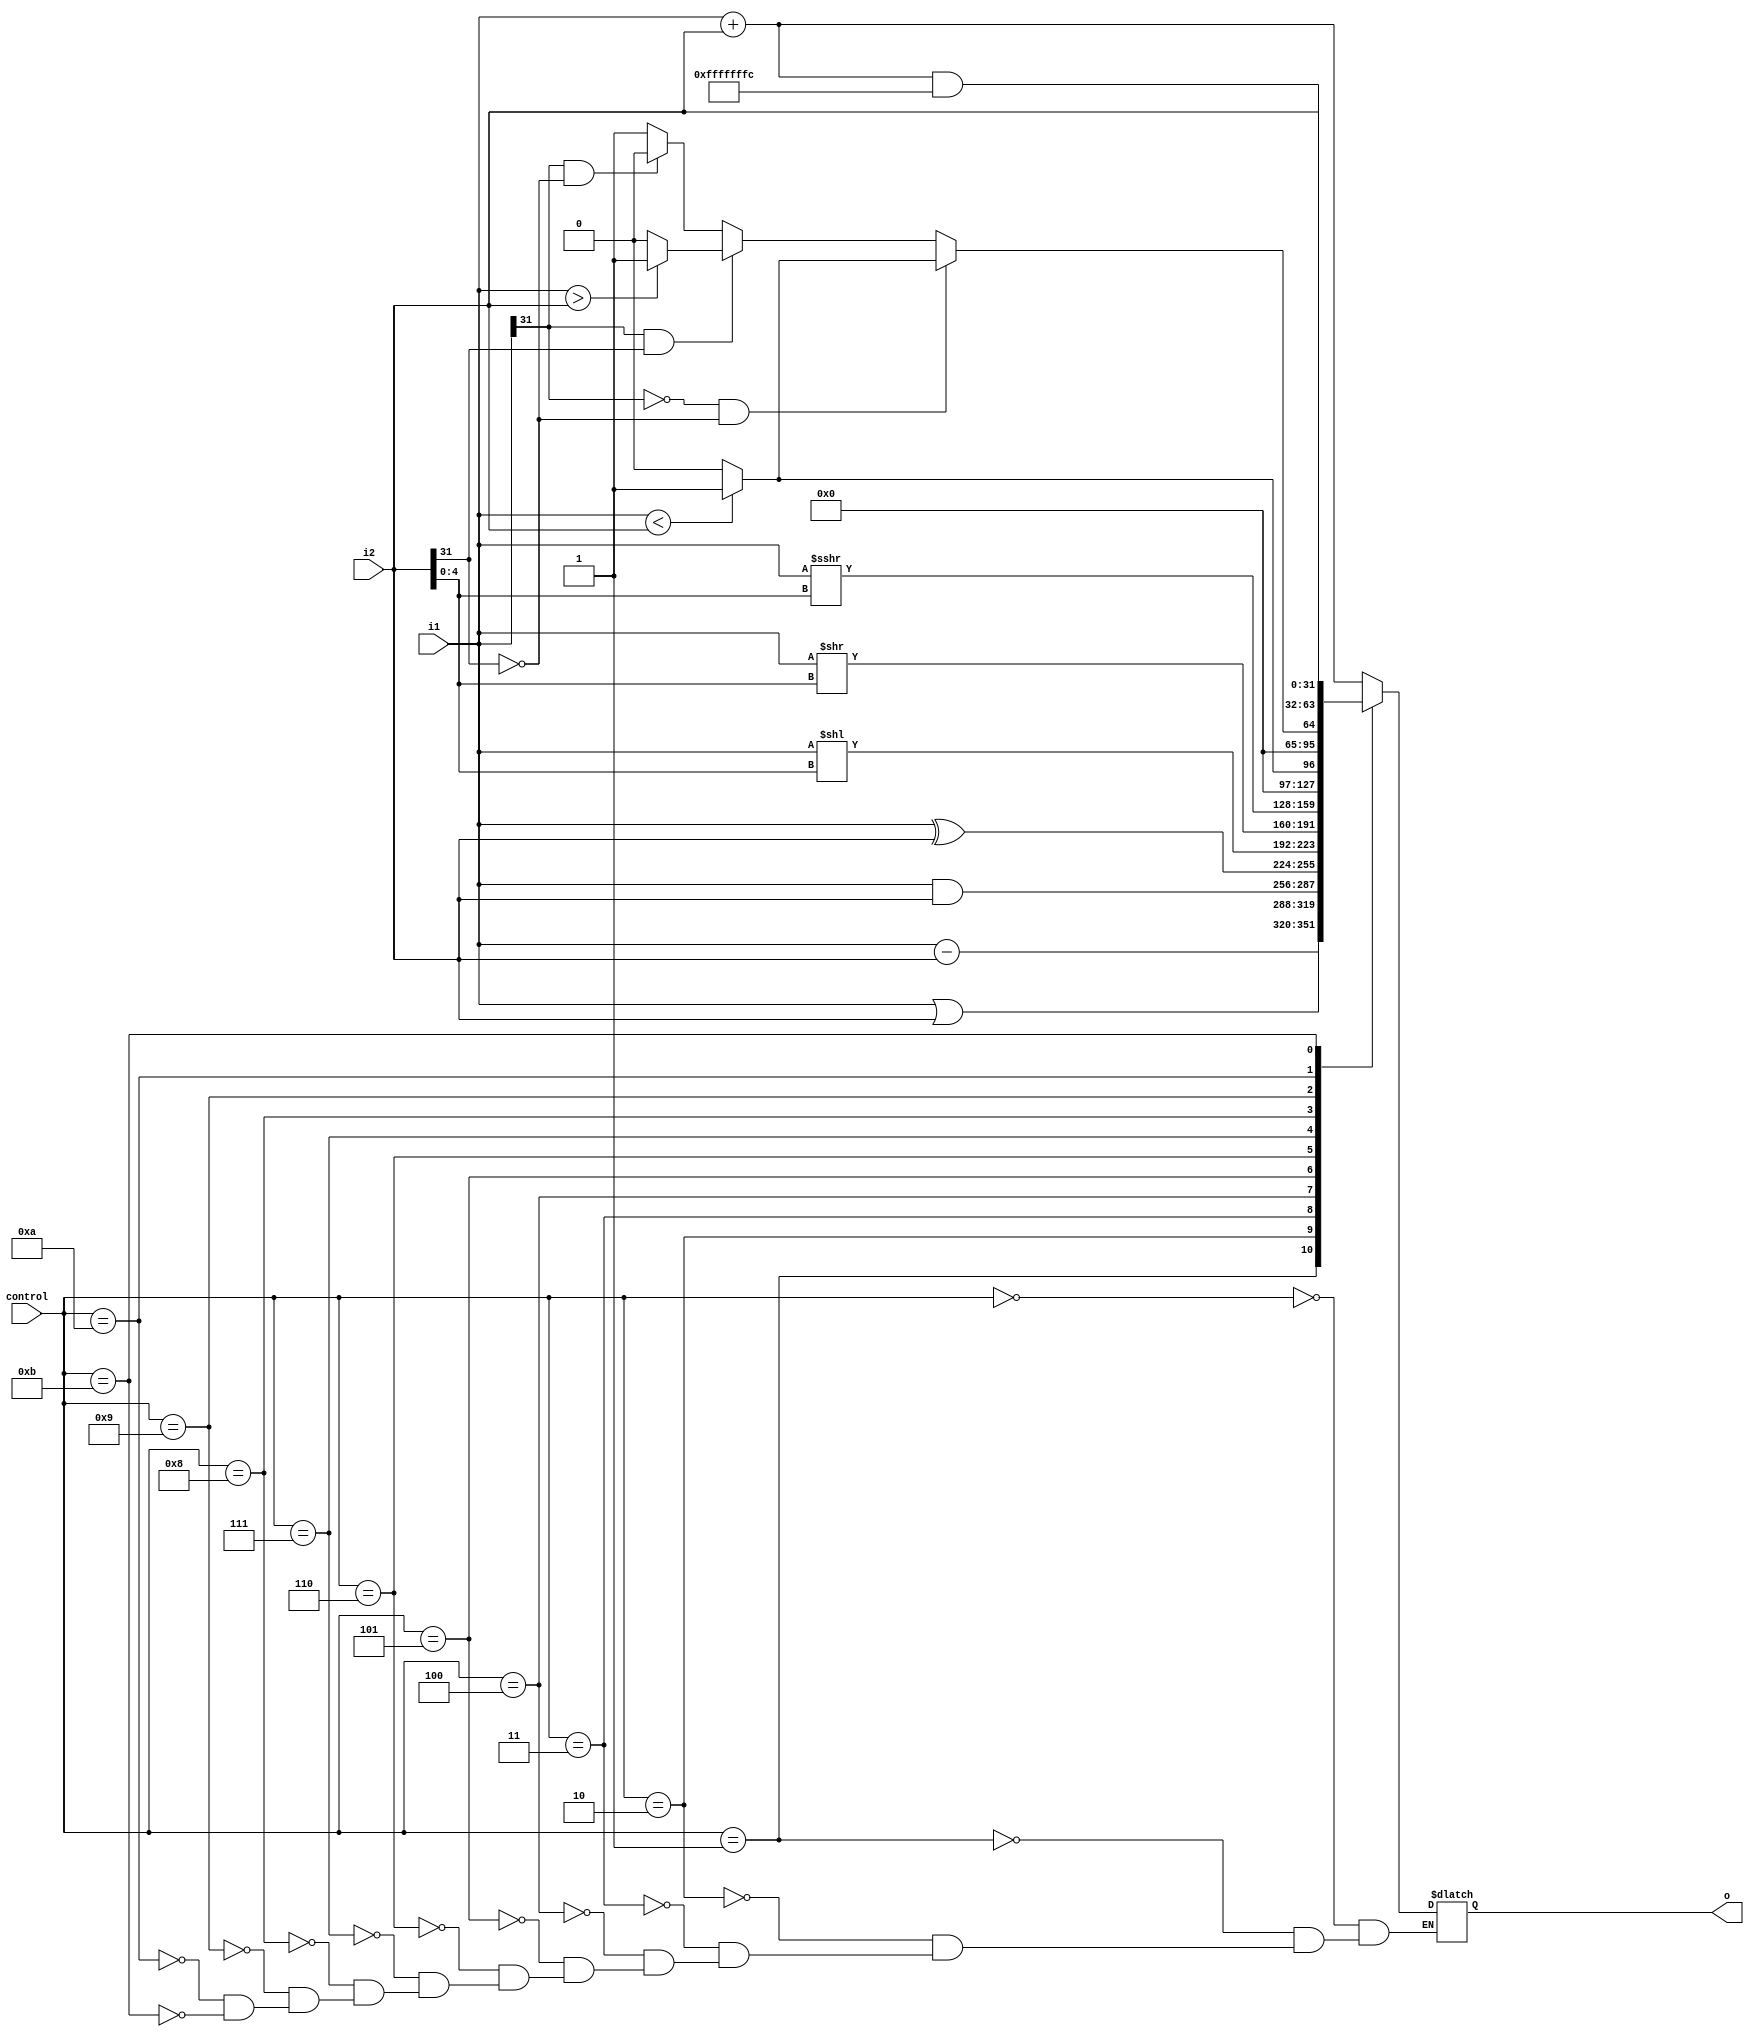
module ALU_32bit(i1, i2, control, o);

input [31:0] i1;
input [31:0] i2;
input [3:0] control;
output reg [31:0] o;
reg signed [31:0] temp;

always @(control or i1 or i2)
    begin
        case(control)
            4'b0000: o = i1 + i2; //ADD -> tested
            4'b0001: o = i1 - i2; //SUB -> tested
            4'b0010: o = i1 | i2; //OR  -> tested
            4'b0011: o = i1 & i2; //AND -> tested
            4'b0100: o = i1 ^ i2; //XOR -> tested
            
            4'b0101: o = i1 << i2[4:0]; //LSHIFT -> tested
            4'b0110: o = i1 >> i2[4:0]; //RSHIFT -> tested
            4'b0111:
                begin
                    temp = i1;
                    o = temp >>>i2[4:0]; //RASHIFT; ->tested
                end 
            4'b1000: o = (i1 < i2) ? 1 : 0; //LESS THAN -> tested
            4'b1001: //LESS THAN UNSIGNED -> tested
                begin
                    if (i1[31] == 0 && i2[31] == 0)
                        o = (i1 < i2) ? 1: 0;
                    else if ( i1[31] == 1 && i2[31] == 1)
                        o = (i1 > i2) ? 1: 0;
                    else if ( i1[31] == 1 && i2[31] == 0)
                        o = 0;
                    else
                        o = 1;
                end    
                
             4'b1010: o = i2;
             4'b1011: 
                begin
                    o = ( i1 + i2 ) & 32'hfffffffc;
                end   
        
        endcase     
    end
endmodule